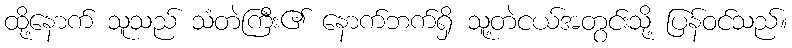
ထို့နောက် သူသည် သံတဲကြီး၏ နောက်ဘက်ရှိ သူ့တဲငယ်အတွင်းသို့ ပြန်ဝင်သည်။